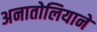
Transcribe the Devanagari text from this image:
अनातोलियाने